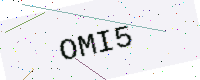
Text: OMI5